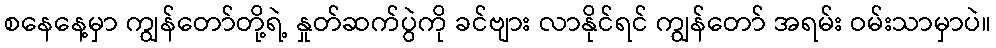
စနေနေ့မှာ ကျွန်တော်တို့ရဲ့ နှုတ်ဆက်ပွဲကို ခင်ဗျား လာနိုင်ရင် ကျွန်တော် အရမ်း ဝမ်းသာမှာပဲ။